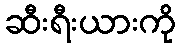
ဆီးရီးယားကို